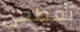
تقطعي